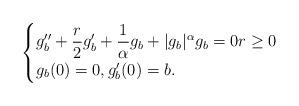
LaTeX: \begin{align*} \begin{cases} \displaystyle g_b '' + \frac {r} {2} g_b ' + \frac {1} {\alpha } g_b + |g_b |^\alpha g_b =0 r\ge 0\\g_b (0)= 0, g'_b (0)= b .\end{cases} \end{align*}